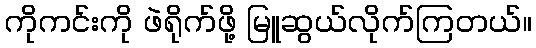
ကိုကင်းကို ဖဲရိုက်ဖို့ မြူဆွယ်လိုက်ကြတယ်။